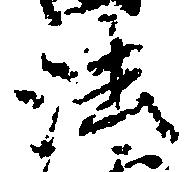
法